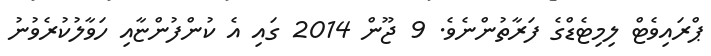
ޕްރައިވެޓް ލިމިޓެޑްގެ ފަރާތުންނެވެ. 9 ޖޫން 2014 ގައި އެ ކުންފުންޏާއި ހަވާލުކުރެވުނު